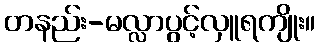
တနည်း-မလ္လာပွင့်လှူရကျိုး။